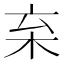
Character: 𣏋